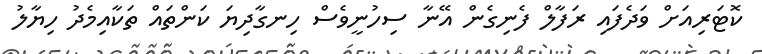
ކޮޓަރިއަށް ވަދެފައި ރަފާލް ފެނިގެން އޭނާ ސިހުނީވެސް ހިނގާދިޔަ ކަންތައް ތަކާއިމެދު ހިޔާލު